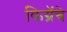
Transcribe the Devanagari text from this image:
किग्रॅचे